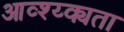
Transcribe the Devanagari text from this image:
आव्श्य्क्यता